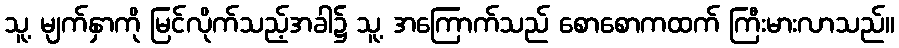
သူ့ မျက်နှာကို မြင်လိုက်သည့်အခါ၌ သူ့ အကြောက်သည် စောစောကထက် ကြီးမားလာသည်။